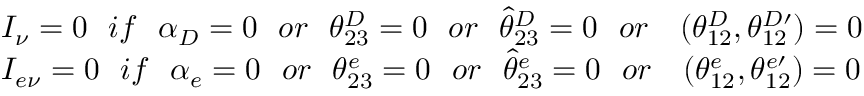
\begin{array} { l } { { I _ { \nu } = 0 ~ \ i f ~ \ \alpha _ { D } = 0 ~ \ o r ~ \ \theta _ { 2 3 } ^ { D } = 0 ~ \ o r ~ \ \widehat { \theta } _ { 2 3 } ^ { D } = 0 ~ \ o r ~ \ ~ ( \theta _ { 1 2 } ^ { D } , \theta _ { 1 2 } ^ { D \prime } ) = 0 } } \\ { { I _ { e \nu } = 0 ~ \ i f ~ \ \alpha _ { e } = 0 ~ \ o r ~ \ \theta _ { 2 3 } ^ { e } = 0 ~ \ o r ~ \ \widehat { \theta } _ { 2 3 } ^ { e } = 0 ~ \ o r ~ \ ~ ( \theta _ { 1 2 } ^ { e } , \theta _ { 1 2 } ^ { e \prime } ) = 0 } } \end{array}